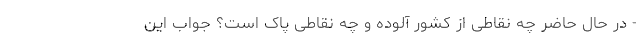
- در حال حاضر چه نقاطی از کشور آلوده و چه نقاطی پاک است؟ جواب این